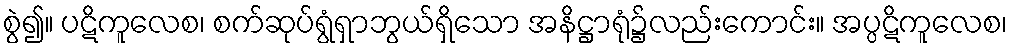
စွဲ၍။ ပဋိကူလေစ၊ စက်ဆုပ်ရွံရှာဘွယ်ရှိသော အနိဋ္ဌာရုံ၌လည်းကောင်း။ အပ္ပဋိကူလေစ၊